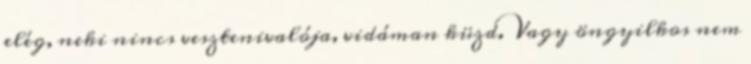
elég, neki nincs vesztenivalója, vidáman küzd. Vagy öngyilkos nem